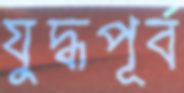
যুদ্ধপূর্ব